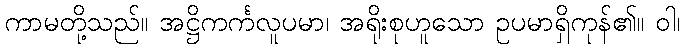
ကာမတို့သည်။ အဋ္ဌိကင်္ကလူပမာ၊ အရိုးစုဟူသော ဥပမာရှိကုန်၏။ ဝါ၊